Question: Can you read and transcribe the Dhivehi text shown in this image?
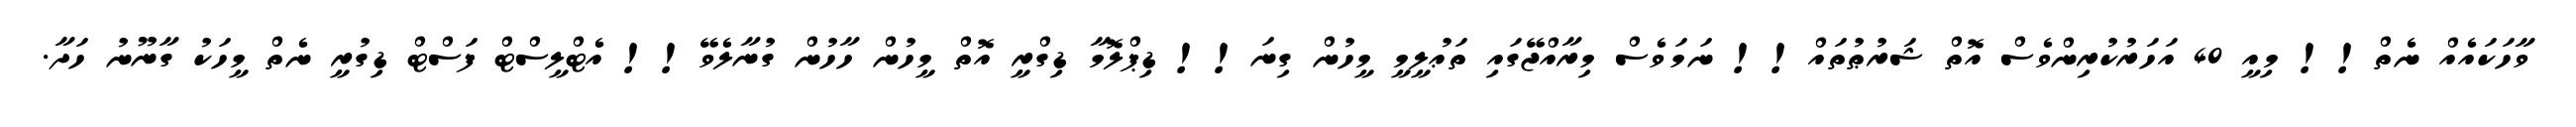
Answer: ވާހަކައެއް ނެތް!! މިއީ 40 އަހަރުކުރިންވެސް އޮތް ޝަރުޠުތައް!! ނަމަވެސް މިރާއްޖޭގައި ތަޢުލީމީ މީހުން ގިނަ!! ޑިޕްލޮމާ ޑިގްރީ އޮތް މީހުން ހާހުން ގުނާލެވޭ!! އެޓްލީސްޓް ފަސްޓް ޑިގުރީ ނެތް މީހަކު ގާނޫނު ހަދާ.